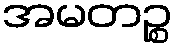
အမတဉ္စ